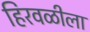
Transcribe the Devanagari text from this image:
हिरवळीला